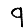
Digit: 9